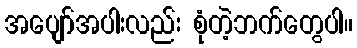
အပျော်အပါးလည်း စုံတဲ့ဘက်တွေပါ။